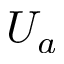
U _ { a }